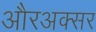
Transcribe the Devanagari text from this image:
औरअक्सर